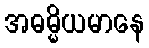
အဓမ္မိယမာနေ